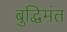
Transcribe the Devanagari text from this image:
बुद्धिमंत